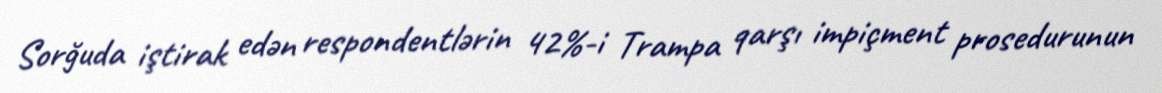
Sorğuda iştirak edən respondentlərin 42%-i Trampa qarşı impiçment prosedurunun